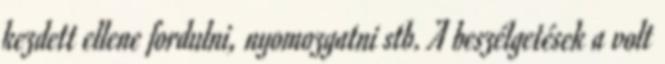
kezdett ellene fordulni, nyomozgatni stb. A beszélgetések a volt